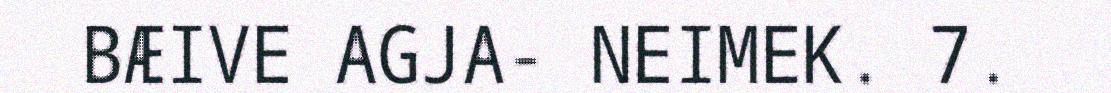
BÆIVE AGJA- NEIMEK. 7.